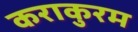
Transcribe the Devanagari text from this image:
कराकुरम